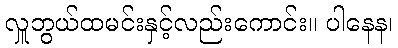
လှူဘွယ်ထမင်းနှင့်လည်းကောင်း။ ပါနေန၊